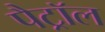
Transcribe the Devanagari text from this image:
पैट्रॉल